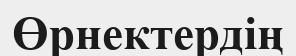
Өрнектердің